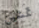
تمشين